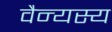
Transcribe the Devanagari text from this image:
वैन्यस्य